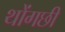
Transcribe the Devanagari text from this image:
थोंगछी